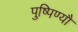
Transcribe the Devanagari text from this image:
पुष्पिण्यौ